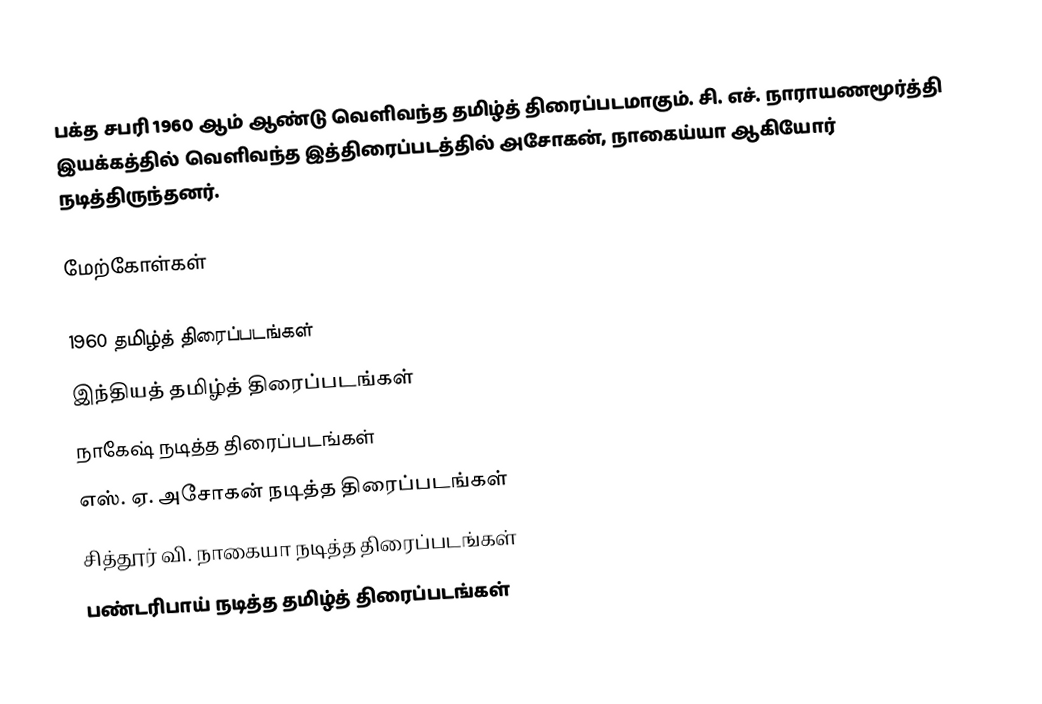
பக்த சபரி 1960 ஆம் ஆண்டு வெளிவந்த தமிழ்த் திரைப்படமாகும். சி. எச். நாராயணமூர்த்தி இயக்கத்தில் வெளிவந்த இத்திரைப்படத்தில் அசோகன், நாகைய்யா ஆகியோர் நடித்திருந்தனர்.

மேற்கோள்கள்

1960 தமிழ்த் திரைப்படங்கள்
இந்தியத் தமிழ்த் திரைப்படங்கள்
நாகேஷ் நடித்த திரைப்படங்கள்
எஸ். ஏ. அசோகன் நடித்த திரைப்படங்கள்
சித்தூர் வி. நாகையா நடித்த திரைப்படங்கள்
பண்டரிபாய் நடித்த தமிழ்த் திரைப்படங்கள்